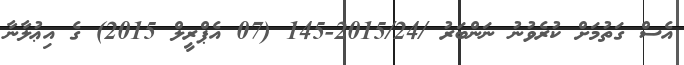
އެސް ގަތުމަށް ކުރެވުނު ނަންބަރު /2015/24-145 (07 އެޕްރީލް 2015) ގެ އިޢުލާނާ